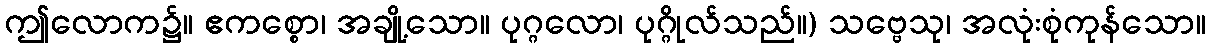
ဤလောက၌။ ဧကစ္စော၊ အချို့သော။ ပုဂ္ဂလော၊ ပုဂ္ဂိုလ်သည်။) သဗ္ဗေသု၊ အလုံးစုံကုန်သော။